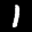
Label: 1